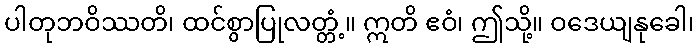
ပါတုဘဝိဿတိ၊ ထင်စွာပြုလတ္တံ့။ ဣတိ ဧဝံ၊ ဤသို့။ ဝဒေယျနုခေါ၊